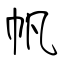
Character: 帆